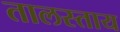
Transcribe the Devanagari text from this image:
तालस्ताय